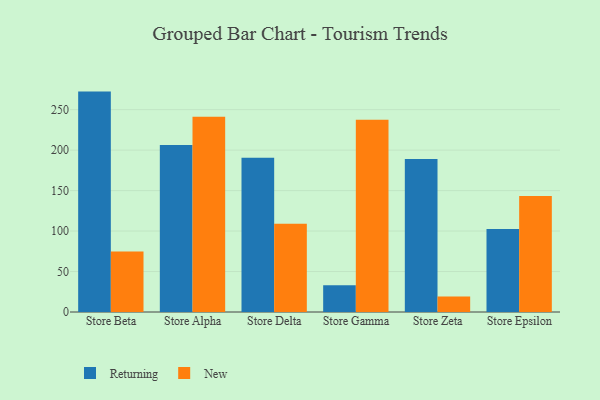
{"axis": {"x": "Store", "y": "Active Users"}, "legend": ["New", "Returning"], "data": [{"x": "Store Beta", "y": 272.3, "type": "Returning"}, {"x": "Store Beta", "y": 74.9, "type": "New"}, {"x": "Store Alpha", "y": 206.4, "type": "Returning"}, {"x": "Store Alpha", "y": 241.2, "type": "New"}, {"x": "Store Delta", "y": 190.6, "type": "Returning"}, {"x": "Store Delta", "y": 109.0, "type": "New"}, {"x": "Store Gamma", "y": 33.1, "type": "Returning"}, {"x": "Store Gamma", "y": 237.6, "type": "New"}, {"x": "Store Zeta", "y": 189.1, "type": "Returning"}, {"x": "Store Zeta", "y": 19.0, "type": "New"}, {"x": "Store Epsilon", "y": 102.4, "type": "Returning"}, {"x": "Store Epsilon", "y": 143.2, "type": "New"}]}